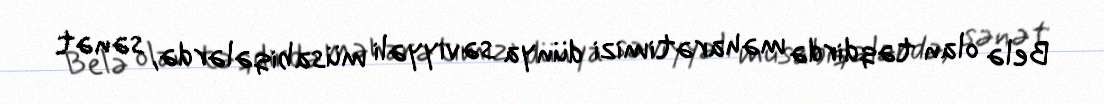
Belə olan təqdirdə məharətimizi dünya səviyyəli müsabiqələrdə, sənət